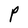
Character: P